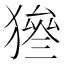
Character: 𤡙